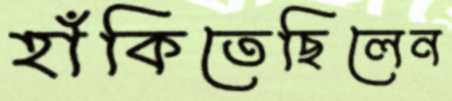
হাঁকিতেছিলেন